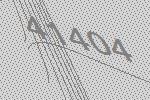
41404